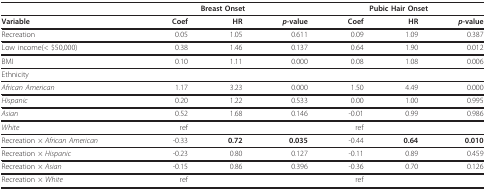
<table><thead><tr><td></td><td colspan="3"><b>Breast Onset</b></td><td colspan="3"><b>Pubic Hair Onset</b></td></tr></thead><tbody><tr><td><b>Variable</b></td><td><b>Coef</b></td><td><b>HR</b></td><td><b><i>p</i>-value</b></td><td><b>Coef</b></td><td><b>HR</b></td><td><b><i>p</i>-value</b></td></tr><tr><td>Recreation</td><td>0.05</td><td>1.05</td><td>0.611</td><td>0.09</td><td>1.09</td><td>0.387</td></tr><tr><td>Low income(&lt; $50,000)</td><td>0.38</td><td>1.46</td><td>0.137</td><td>0.64</td><td>1.90</td><td>0.012</td></tr><tr><td>BMI</td><td>0.10</td><td>1.11</td><td>0.000</td><td>0.08</td><td>1.08</td><td>0.006</td></tr><tr><td>Ethnicity</td><td></td><td></td><td></td><td></td><td></td><td></td></tr><tr><td><i>African American</i></td><td>1.17</td><td>3.23</td><td>0.000</td><td>1.50</td><td>4.49</td><td>0.000</td></tr><tr><td><i>Hispanic</i></td><td>0.20</td><td>1.22</td><td>0.533</td><td>0.00</td><td>1.00</td><td>0.995</td></tr><tr><td><i>Asian</i></td><td>0.52</td><td>1.68</td><td>0.146</td><td>-0.01</td><td>0.99</td><td>0.986</td></tr><tr><td><i>White</i></td><td>ref</td><td></td><td></td><td>ref</td><td></td><td></td></tr><tr><td>Recreation <i>× African American</i></td><td>-0.33</td><td><b>0.72</b></td><td><b>0.035</b></td><td>-0.44</td><td><b>0.64</b></td><td><b>0.010</b></td></tr><tr><td>Recreation <i>× Hispanic</i></td><td>-0.23</td><td>0.80</td><td>0.127</td><td>-0.11</td><td>0.89</td><td>0.459</td></tr><tr><td>Recreation <i>× Asian</i></td><td>-0.15</td><td>0.86</td><td>0.396</td><td>-0.36</td><td>0.70</td><td>0.126</td></tr><tr><td>Recreation <i>× White</i></td><td>ref</td><td></td><td></td><td>ref</td><td></td><td></td></tr></tbody></table>